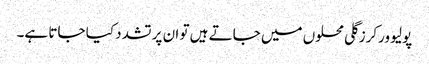
پولیو ورکرز گلی محلوں میں جاتے ہیں تو ان پر تشدد کیا جاتا ہے۔